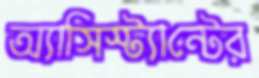
অ্যাসিস্ট্যান্টের